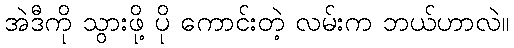
အဲဒီကို သွားဖို့ ပို ကောင်းတဲ့ လမ်းက ဘယ်ဟာလဲ။